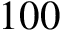
1 0 0